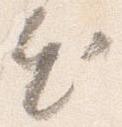
出